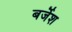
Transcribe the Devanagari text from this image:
बर्जेश